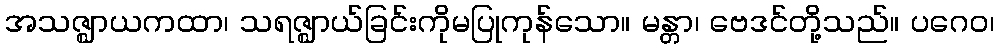
အသဇ္ဈာယကထာ၊ သရဇ္ဈာယ်ခြင်းကိုမပြုကုန်သော။ မန္တာ၊ ဗေဒင်တို့သည်။ ပဂေဝ၊